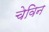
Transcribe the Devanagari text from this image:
चेविन